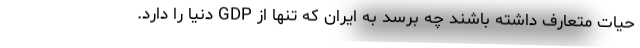
حیات متعارف داشته باشند چه برسد به ایران که تنها از GDP دنیا را دارد.